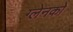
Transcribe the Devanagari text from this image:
ग्लेनको